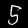
Digit: 5